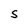
Character: S